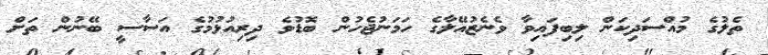
ތެލުގެ މުއްސަދިކަން ލިބިފައިވާ ވެނެޒުއޭލާގެ ހަމަނުޖެހުން ބޮޑުވެ ދިރިއުޅުމުގެ އަސާސީ ބޭނުން ތަށް